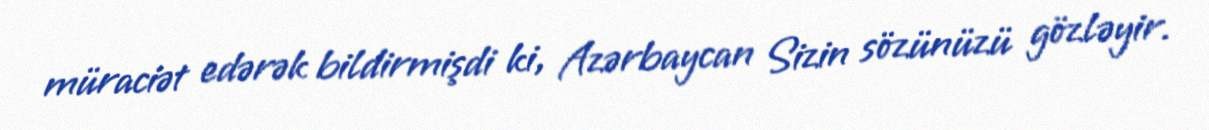
müraciət edərək bildirmişdi ki, Azərbaycan Sizin sözünüzü gözləyir.